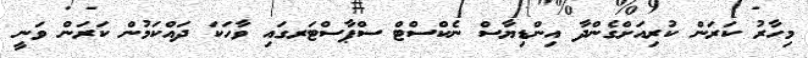
މިހާރު ކަރަން ކުރިއަށްގެންދާ އިންޑިޔާސް ނެކްސްޓް ސްޕާސްޓަރގައި ވާހަކަ ދައްކަމުން ކަރަން ވަނީ